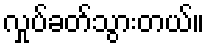
လှုပ်ခတ်သွားတယ်။